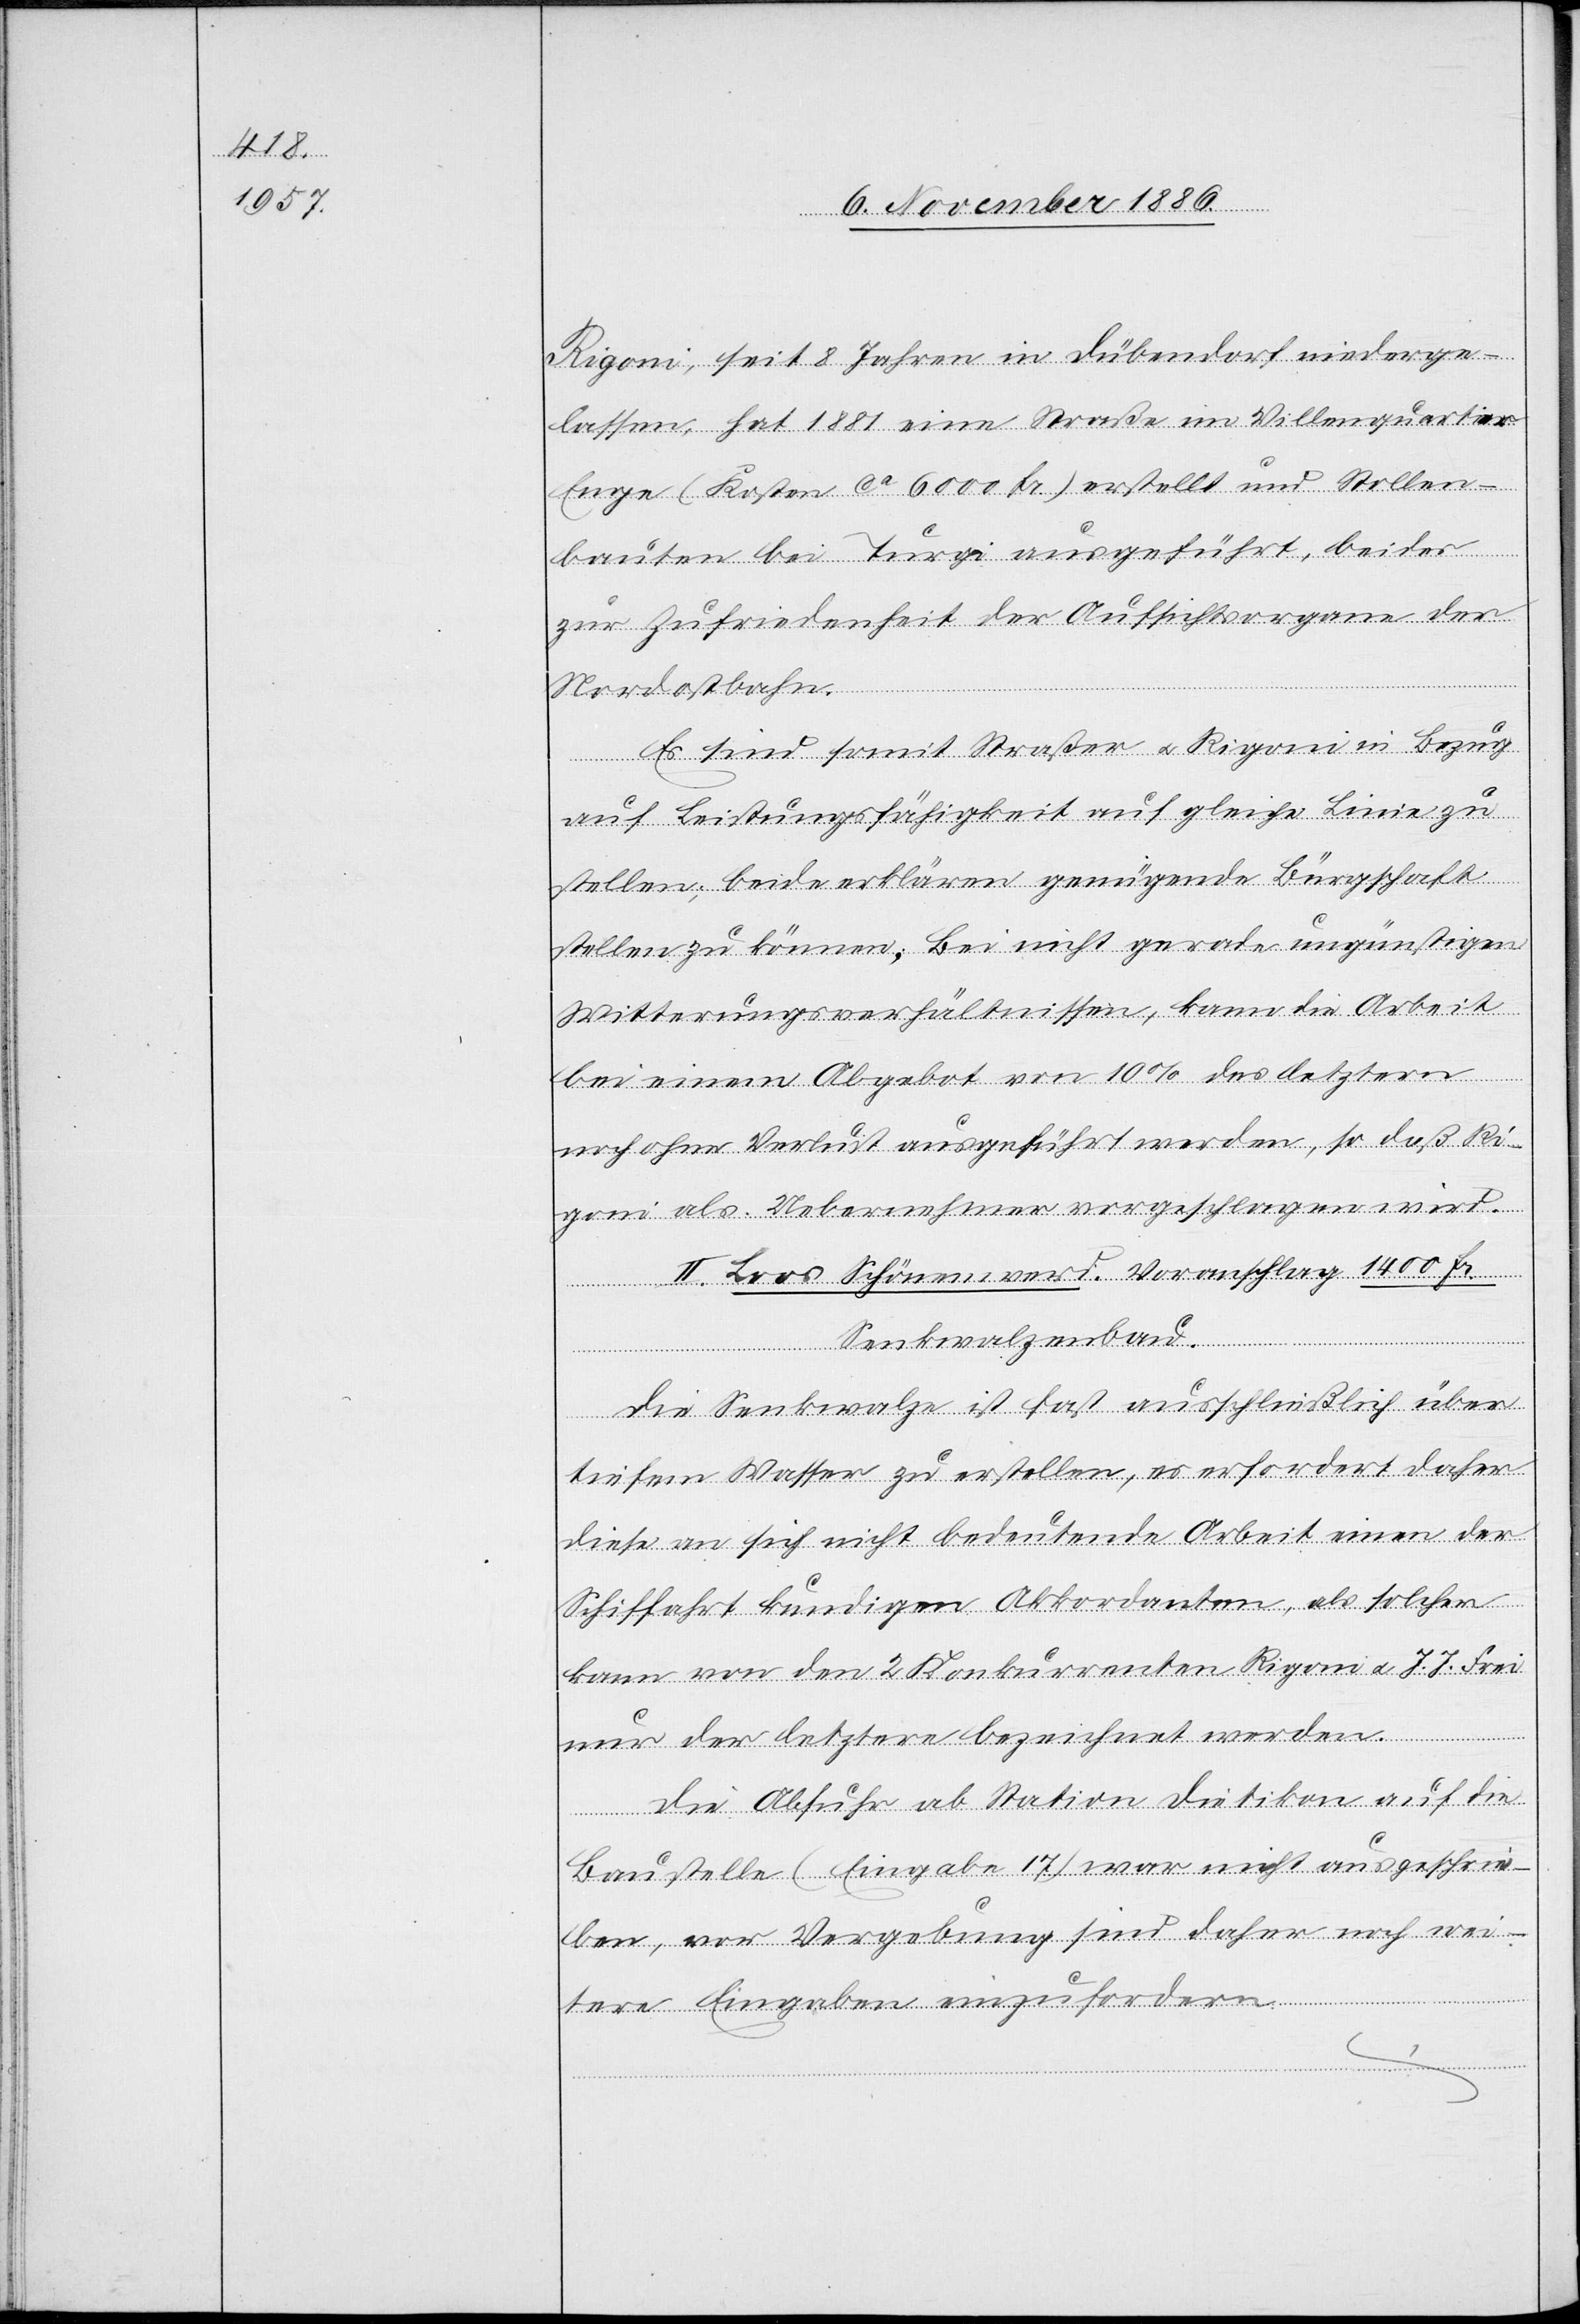
Rigoni, seit 8 Jahren in Dübendorf niederge¬
lassen, hat 1881 eine Straße im Villenquartier
Enge (Kosten ca 6000 Fr.) erstellt und Stollen¬
bauten bei Turgi ausgeführt, beides
zur Zufriedenheit der Aufsichtsorgane der
Nordostbahn.
Es sind somit Straßer & Rigoni in Bezug
auf Leistungsfähigkeit auf gleiche Linie zu
stellen; beide erklären genügende Bürgschaft
stellen zu können. Bei nicht gerade ungünstigen
Witterungsverhältnissen, kann die Arbeit
bei einem Abgebot von 10% des letztern
noch ohne Verlust ausgeführt werden, so daß Ri¬
goni als Uebernehmer vorgeschlagen wird.
II. Loos Schönenwerd. Voranschlag 1400 Fr.
Senkwalzenbau.
Die Senkwalze ist fast ausschließlich über
diesem Wasser zu erstellen, es erfordert daher
diese an sich nicht bedeutende Arbeit einen der
Schiffahrt kundigen Akkordanten, als solcher
kann von den 2 Konkurrenten Rigoni & J. J. Frei
nur der letztere bezeichnet werden.
Die Abfuhr ab Station Dietikon auf die
Baustelle (Eingabe 17) war nicht ausgeschrie¬
ben, vor Vergebung sind daher noch wei¬
tere Eingaben einzufordern.